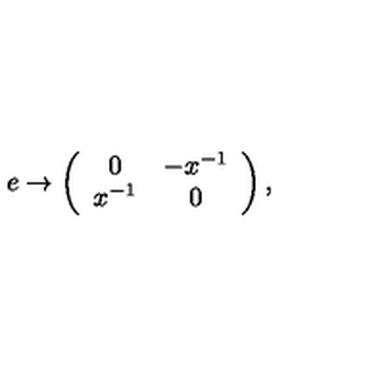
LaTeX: e \rightarrow \left( \begin{array} { c c } { 0 } & { - x ^ { - 1 } } \\ { x ^ { - 1 } } & { 0 } \\ \end{array} \right) ,